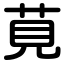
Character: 莧